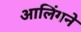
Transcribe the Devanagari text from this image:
आलिंगने